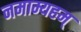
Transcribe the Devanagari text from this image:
नमाम्यहम्‌